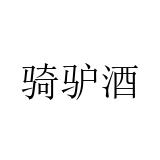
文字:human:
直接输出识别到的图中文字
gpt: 骑驴酒